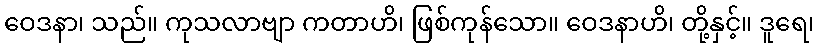
ဝေဒနာ၊ သည်။ ကုသလာဗျာ ကတာဟိ၊ ဖြစ်ကုန်သော။ ဝေဒနာဟိ၊ တို့နှင့်။ ဒူရေ၊